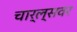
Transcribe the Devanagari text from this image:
चार्ल्सवर